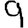
Digit: 9